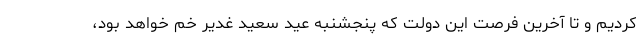
کردیم و تا آخرین فرصت این دولت که پنجشنبه عید سعید غدیر خم خواهد بود،